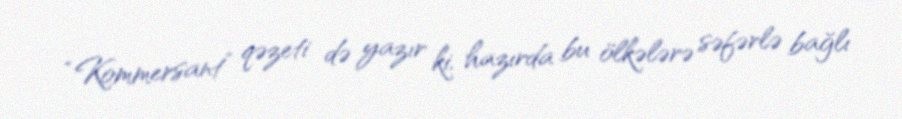
“Kommersant” qəzeti də yazır ki, hazırda bu ölkələrə səfərlə bağlı